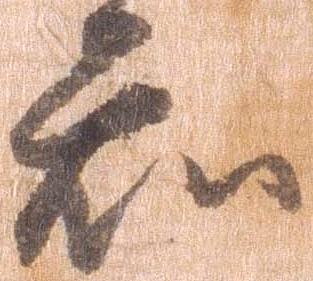
知